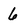
Character: 6